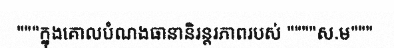
"""ក្នុងគោលបំណងធានានិរន្តរភាពរបស់ """"ស.ម"""